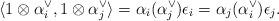
LaTeX: \begin{align*}\langle 1 \otimes \alpha_i^\vee, 1 \otimes \alpha_j^\vee \rangle = \alpha_i(\alpha_j^\vee) \epsilon_i = \alpha_j(\alpha_i^\vee) \epsilon_j.\end{align*}